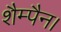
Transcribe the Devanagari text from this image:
शैम्पैन।